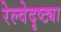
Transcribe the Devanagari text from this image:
रेल्वेदृष्ट्या